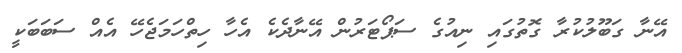
އޭނާ ގަބޫލުކުރާ ގޮތުގައި ނިއުގެ ސަޕޯޓަރުން އޭނާދެކެ އެހާ ހިތްހަމަޖެހޭ އެއް ސަބަބަކީ